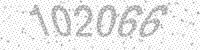
Solution: 102066